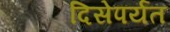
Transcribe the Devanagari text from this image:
दिसेपर्यंत